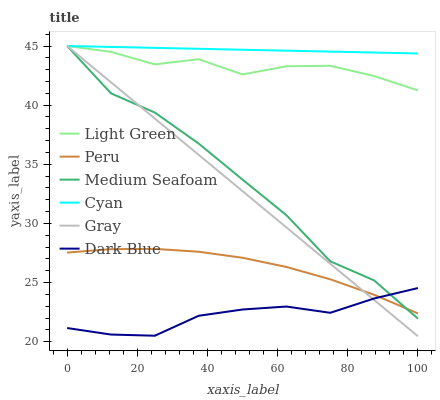
| xaxis_label | Light Green | Peru | Medium Seafoam | Cyan | Gray | Dark Blue |
 | --- | --- | --- | --- | --- | --- | --- |
 | 0 | 45 | 27.5 | 45 | 45 | 45 | 21.2 |
 | 12.5 | 44.5 | 27.8 | 41 | 44.9 | 41.9 | 20.6 |
 | 25 | 43.4 | 27.8 | 39.4 | 44.8 | 38.9 | 20.5 |
 | 37.5 | 43.9 | 27.6 | 36.8 | 44.8 | 35.8 | 22.2 |
 | 50 | 42.6 | 27.1 | 33.7 | 44.7 | 32.7 | 22.7 |
 | 62.5 | 43.3 | 26.3 | 30.7 | 44.6 | 29.7 | 23 |
 | 75 | 43.3 | 25.3 | 26.8 | 44.5 | 26.6 | 22.4 |
 | 87.5 | 42.5 | 24 | 25.2 | 44.4 | 23.5 | 23.7 |
 | 100 | 41.2 | 22.4 | 21.9 | 44.4 | 20.5 | 24.5 |